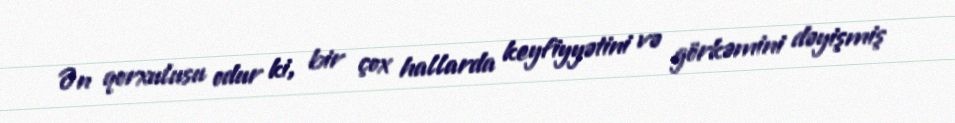
Ən qorxulusu odur ki, bir çox hallarda keyfiyyətini və görkəmini dəyişmiş